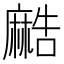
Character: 𱋯